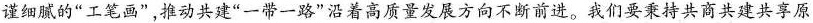
谨细腻的”工笔画”，推动共建”一带一路”沿着高质量发展方向不断前进。我们要秉持共商共建共享原